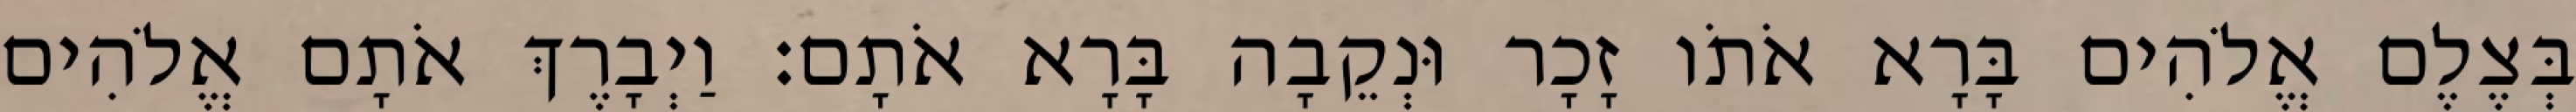
בְּצֶלֶם אֱלֹהִים בָּרָא אֹתֹו זָכָר וּנְקֵבָה בָּרָא אֹתָם׃ וַיְבָרֶךְ אֹתָם אֱלֹהִים